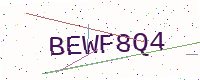
Text: BEWF8Q4